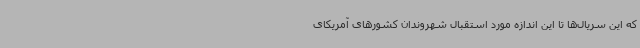
که این سریال‌ها تا این اندازه مورد استقبال شهروندان کشورهای آمریکای